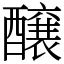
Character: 醸